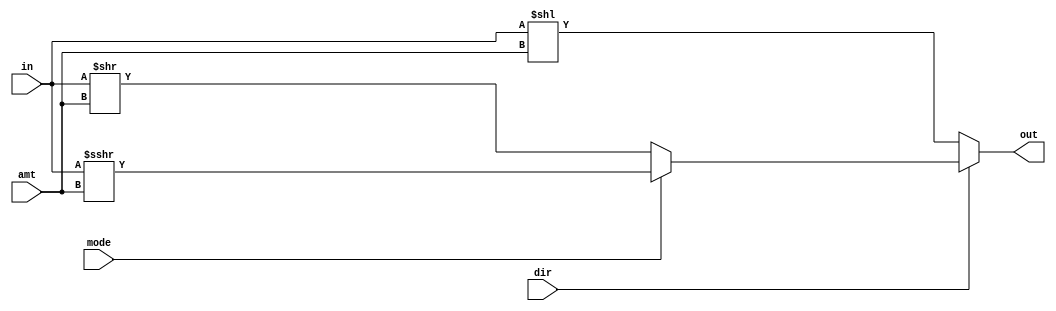
`timescale 1ns / 1ps
//////////////////////////////////////////////////////////////////////////////////
// Company: 
// Engineer: 
// 
// Design Name: 
// Module Name:    shift16b 
// Project Name: 
// Target Devices: 
// Tool versions: 
// Description: 
//
// Dependencies: 
//
// Revision: 
// Revision 0.01 - File Created
// Additional Comments: 
//
//////////////////////////////////////////////////////////////////////////////////
module shift16b(
	input [15:0] in,
	input [4:0] amt,
	
	// Control
	input mode,
	input dir,
	
	output reg [15:0] out
    );

	always @ (in, amt, mode, dir) begin
		// Logic
		if(dir == 1) begin
			// Shift right
			if(mode == 1) begin
				// Arithmetic
				out = $signed(in) >>> amt;
			end else begin
				// Logical
				out = in >> amt;
			end
		end else begin
			out = in << amt;
		end
	end
	
endmodule